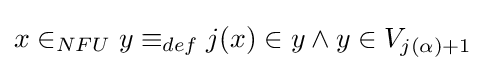
x\in _{NFU}y\equiv _{def}j(x)\in y\wedge y\in V_{j(\alpha )+1}